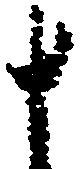
十